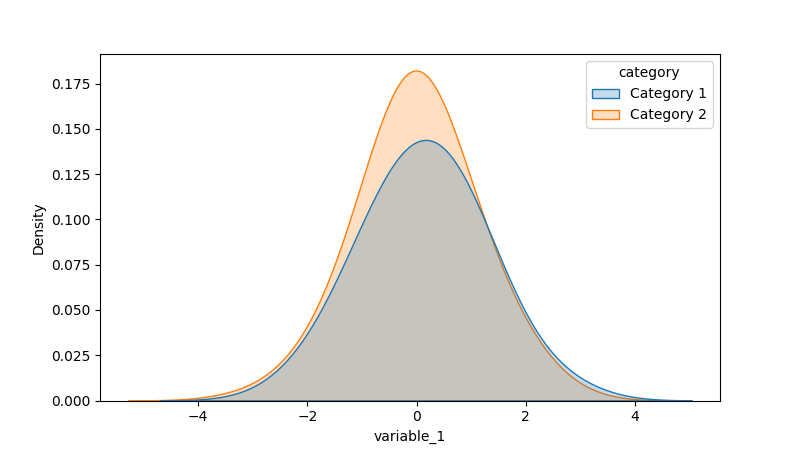
python, seaborn, kdeplot, hue='category', fill=True, bw_adjust=2.0